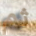
ثم